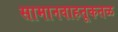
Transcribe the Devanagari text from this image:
सामानवाहतूकतळ